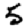
Digit: 5